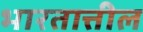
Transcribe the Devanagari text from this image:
भारतात्तील